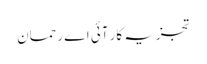
تجزیہ کار آئی اے رحمان